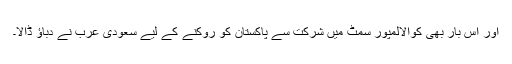
اور اس بار بھی کوالالمپور سمٹ میں شرکت سے پاکستان کو روکنے کے لیے سعودی عرب نے دباؤ ڈالا۔